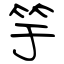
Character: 竽